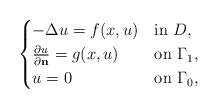
LaTeX: \begin{align*} \begin{cases}-\Delta u = f(x,u) & \mbox{in $D$}, \\\frac{\partial u}{\partial \mathbf{n}} = g(x,u) & \mbox{on $\Gamma_1$}, \\u=0 & \mbox{on $\Gamma_0$}, \end{cases}\end{align*}